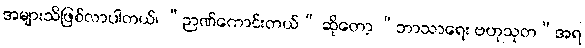
အများသိဖြစ်လာပါတယ်၊ “ဉာဏ်ကောင်းတယ်” ဆိုတော့ “ဘာသာရေး ဗဟုသုတ”အရ